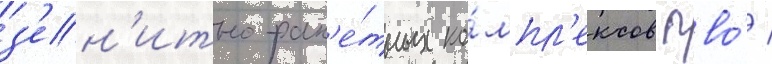
з'ен'итно-рак'е́тных ко́мпл'ексов пво́ /